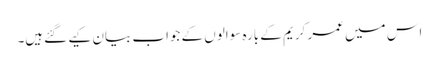
اس میں عمر کریم کے بارہ سوالوں کے جواب بیان کیے گئےہیں۔